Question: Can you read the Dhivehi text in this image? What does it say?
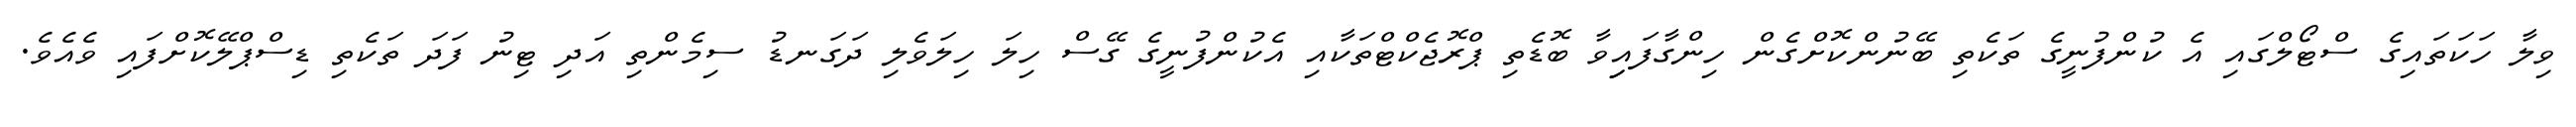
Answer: ވިލާ ހަކަތައިގެ ސްޓޯލްގައި އެ ކުންފުނީގެ ތަކެތި ބޭނުންކޮށްގެން ހިންގާފައިިވާ ބޮޑެތި ޕްރޮޖެކްޓްތަކާއި އެކުންފުނީގެ ގޭސް ހިލަ ހިލަވެލި ދަގަނޑު ސިމެންތި އަދި ޓިނު ފަދަ ތަކެތި ޑިސްޕްލޭކޮށްފައި ވެއެވެ.